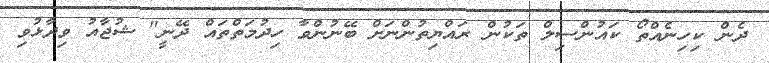
ދެން ކިހިނެއްތޯ ކައުންސިލް ތަކުން ރައްޔިތުންނަށް ބޭނުންވާ ހިދުމަތްތައް ދޭނީ" ޝުޖާއު ވިދާޅުވި